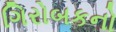
ગિરોબકનો